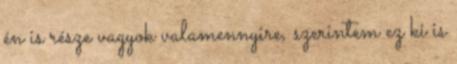
én is része vagyok valamennyire, szerintem ez ki is